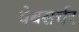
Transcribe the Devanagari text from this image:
वेबसर्चर